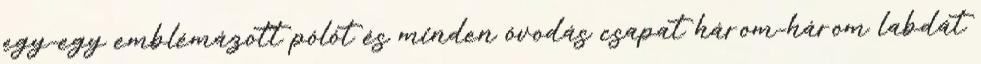
egy-egy emblémázott pólót és minden óvodás csapat három-három labdát